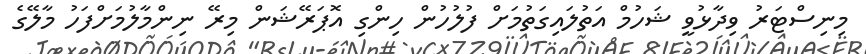
މިނިސްޓަރު ވިދާޅުވީ ޝަހުމް އަތުލައިގަތުމަށް ފުލުހުން ހިންގި އޮޕަރޭޝަން މިރޭ ނިންމާލުމަށްފަހު މާލޭގެ